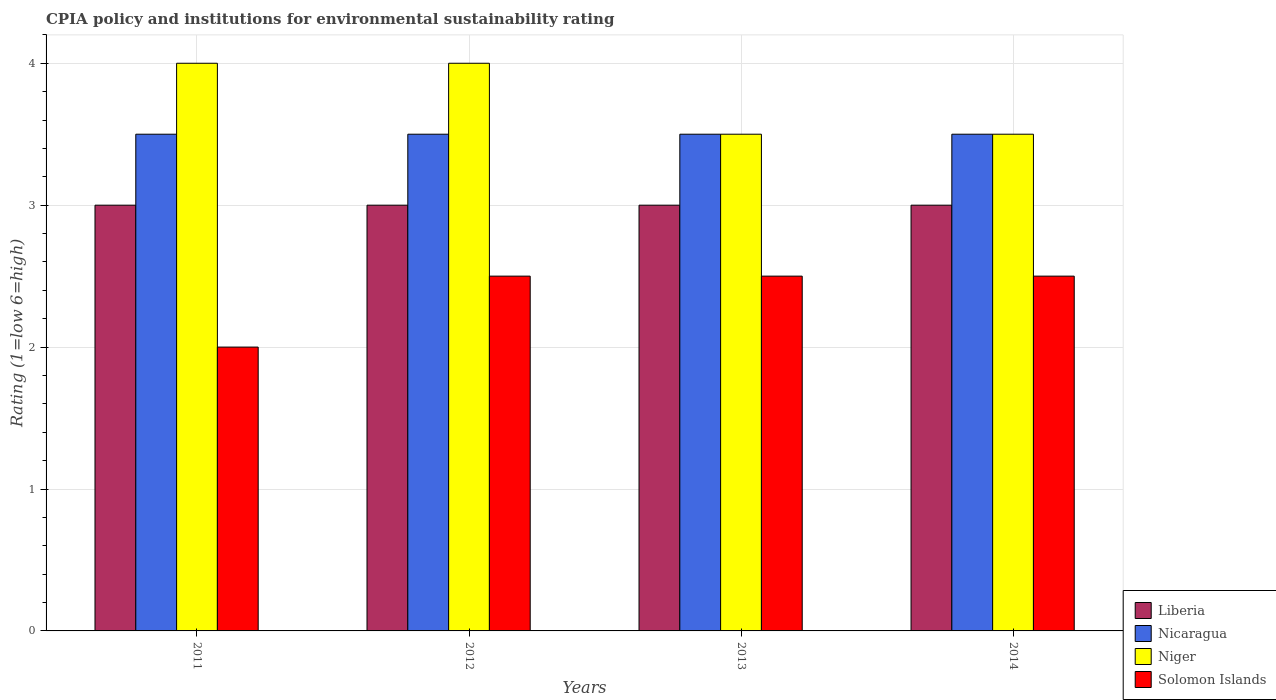
| Years | Liberia | Nicaragua | Niger | Solomon Islands |
 | --- | --- | --- | --- | --- |
 | 2011 | 3 | 3.5 | 4 | 2 |
 | 2012 | 3 | 3.5 | 4 | 2.5 |
 | 2013 | 3 | 3.5 | 3.5 | 2.5 |
 | 2014 | 3 | 3.5 | 3.5 | 2.5 |